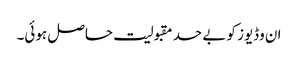
ان وڈیوز کو بے حد مقبولیت حاصل ہوئی۔